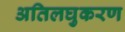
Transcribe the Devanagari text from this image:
अतिलघुकरण